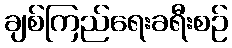
ချစ်ကြည်ရေးခရီးစဉ်